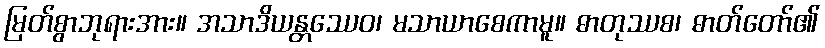
မြတ်စွာဘုရားအား။ အသာဒိယန္တဿေဝ၊ မသာယာစေကာမူ။ ဓာတုဿစ၊ ဓာတ်တော်၏